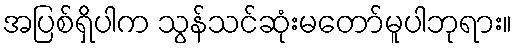
အပြစ်ရှိပါက သွန်သင်ဆုံးမတော်မူပါဘုရား။